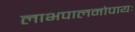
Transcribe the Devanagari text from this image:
लाभपालनोपायः